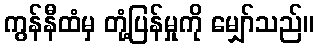
ကွန်နီထံမှ တုံ့ပြန်မှုကို မျှော်သည်။